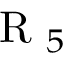
\mathrm { ~ R ~ } _ { 5 }